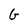
Character: G